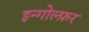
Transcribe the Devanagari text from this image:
इन्गोल्फ़र